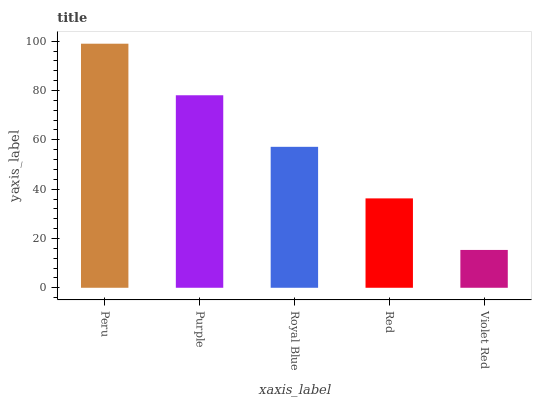
| xaxis_label | bars |
 | --- | --- |
 | Peru | 99 |
 | Purple | 78.1 |
 | Royal Blue | 57.2 |
 | Red | 36.3 |
 | Violet Red | 15.3 |